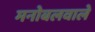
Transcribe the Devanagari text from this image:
मनोबलवाले